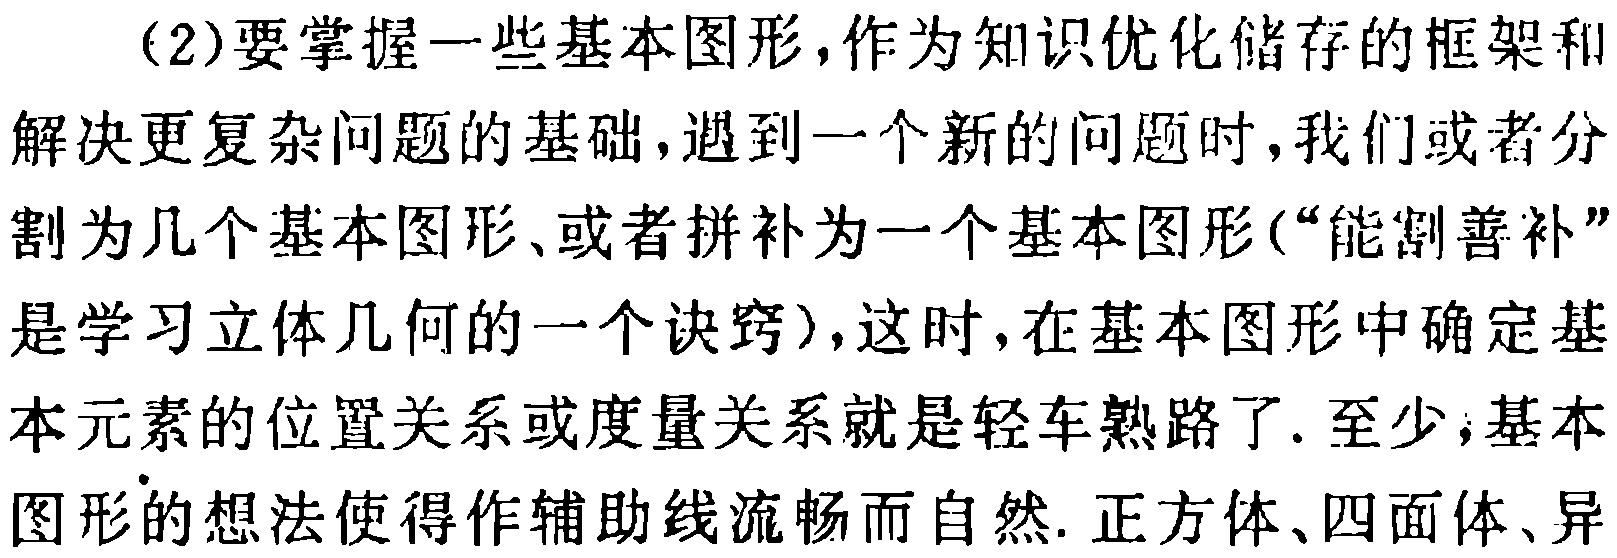
(2)要掌握一些基本图形,作为知识优化储存的框架和解决更复杂问题的基础,遇到一个新的问题时,我们或者分割为几个基本图形、或者拼补为一个基本图形(“能割善补”是学习立体几何的一个诀窍),这时,在基本图形中确定基本元素的位置关系或度量关系就是轻车熟路了. 至少,基本图形的想法使得作辅助线流畅而自然. 正方体、四面体、异